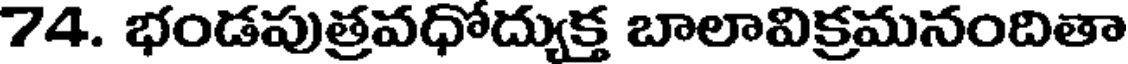
74. భండపుత్రవధోద్యుక్త బాలావిక్రమనందితా